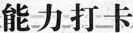
能力打卡